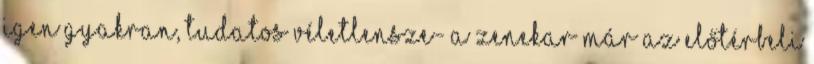
igen gyakran, tudatos véletlensze- A zenekar már az előtérbeli